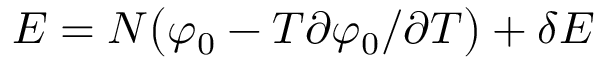
E = N \big ( \varphi _ { 0 } - T \partial \varphi _ { 0 } / \partial T \big ) + \delta E